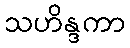
သဟိန္ဒကာ